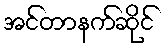
အင်တာနက်ဆိုင်